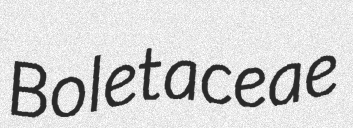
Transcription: Boletaceae